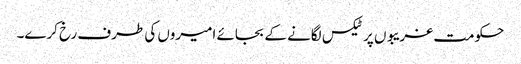
حکومت غریبوں پر ٹیکس لگانے کے بجائے امیروں کی طرف رخ کرے۔